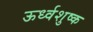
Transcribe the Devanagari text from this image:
ऊर्ध्वशुष्क